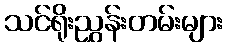
သင်ရိုးညွှန်းတမ်းများ